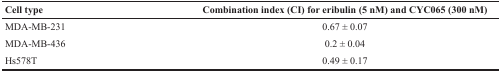
<table><thead><tr><td><b>Cell type</b></td><td><b>Combination index (CI) for eribulin (5 nM) and CYC065 (300 nM)</b></td></tr></thead><tbody><tr><td>MDA-MB-231</td><td>0.67 ± 0.07</td></tr><tr><td>MDA-MB-436</td><td>0.2 ± 0.04</td></tr><tr><td>Hs578T</td><td>0.49 ± 0.17</td></tr></tbody></table>